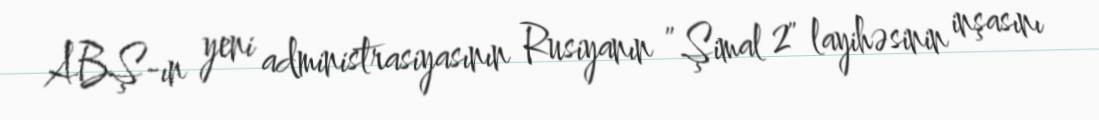
ABŞ-ın yeni administrasiyasının Rusiyanın ”Şimal 2" layihəsinin inşasını